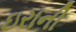
ઇરાની